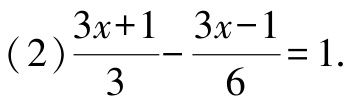
(2)$\frac{3x + 1}{3} - \frac{3x - 1}{6} = 1$.